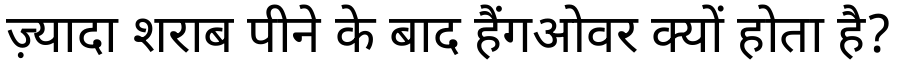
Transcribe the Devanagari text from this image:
ज़्यादा शराब पीने के बाद हैंगओवर क्यों होता है?